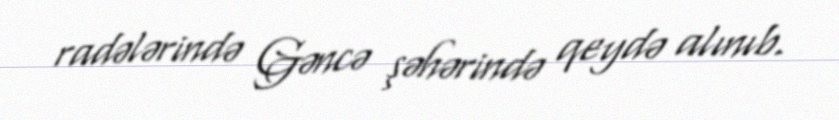
radələrində Gəncə şəhərində qeydə alınıb.